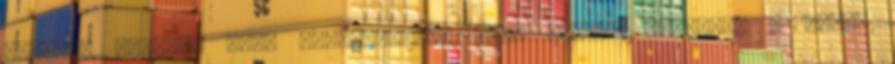
választ adjunk, hogy megmutassuk: jobb csapat vagyunk. A meccs